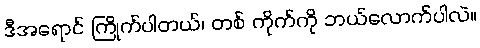
ဒီအရောင် ကြိုက်ပါတယ်၊ တစ် ကိုက်ကို ဘယ်လောက်ပါလဲ။